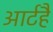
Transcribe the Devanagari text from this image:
आर्टहै